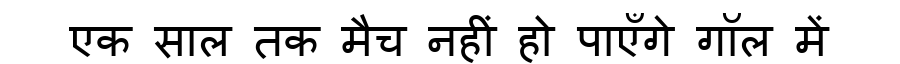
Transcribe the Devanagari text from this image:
एक साल तक मैच नहीं हो पाएँगे गॉल में